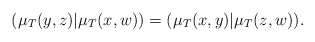
\begin{align*} (\mu_T(y,z)|\mu_T(x,w)) = (\mu_T(x,y)|\mu_T(z,w)).\end{align*}